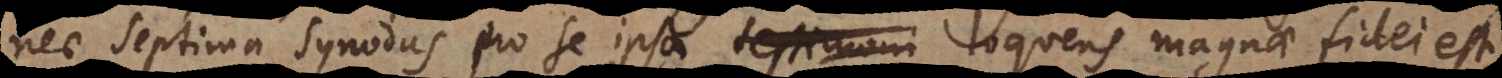
nec septima synodus pro se ipsa testimoni loquens magnae fidei est,